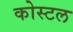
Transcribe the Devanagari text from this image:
कोस्‍टल